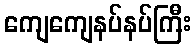
ကျေကျေနပ်နပ်ကြီး